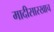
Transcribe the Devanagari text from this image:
मादीसारखाच